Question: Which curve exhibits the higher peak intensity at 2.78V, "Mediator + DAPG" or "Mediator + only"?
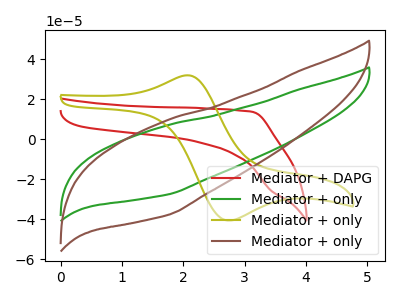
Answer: <think>The red curve "Mediator + DAPG" has no peaks. The green curve "Mediator + only" has no peaks. The olive curve "Mediator + only" has an anodic peak at (2.00V, 31.80uA) and a cathodic peak at (2.70V, -40.65uA). The brown curve "Mediator + only" has no peaks.</think>
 <answer>"Mediator + DAPG" and "Mediator + only" dont share a peak at 2.78V.</answer>
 <eval>mismatch</eval>